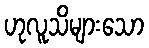
ဟုလူသိများသော